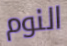
النوم